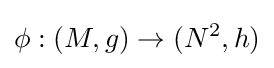
\phi :(M,g)\to (N^{2},h)